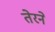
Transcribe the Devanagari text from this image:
तेरने